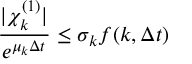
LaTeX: { \frac { | \chi _ { k } ^ { ( 1 ) } | } { e ^ { \mu _ { k } \Delta t } } } \le \sigma _ { k } f ( k , \Delta t )